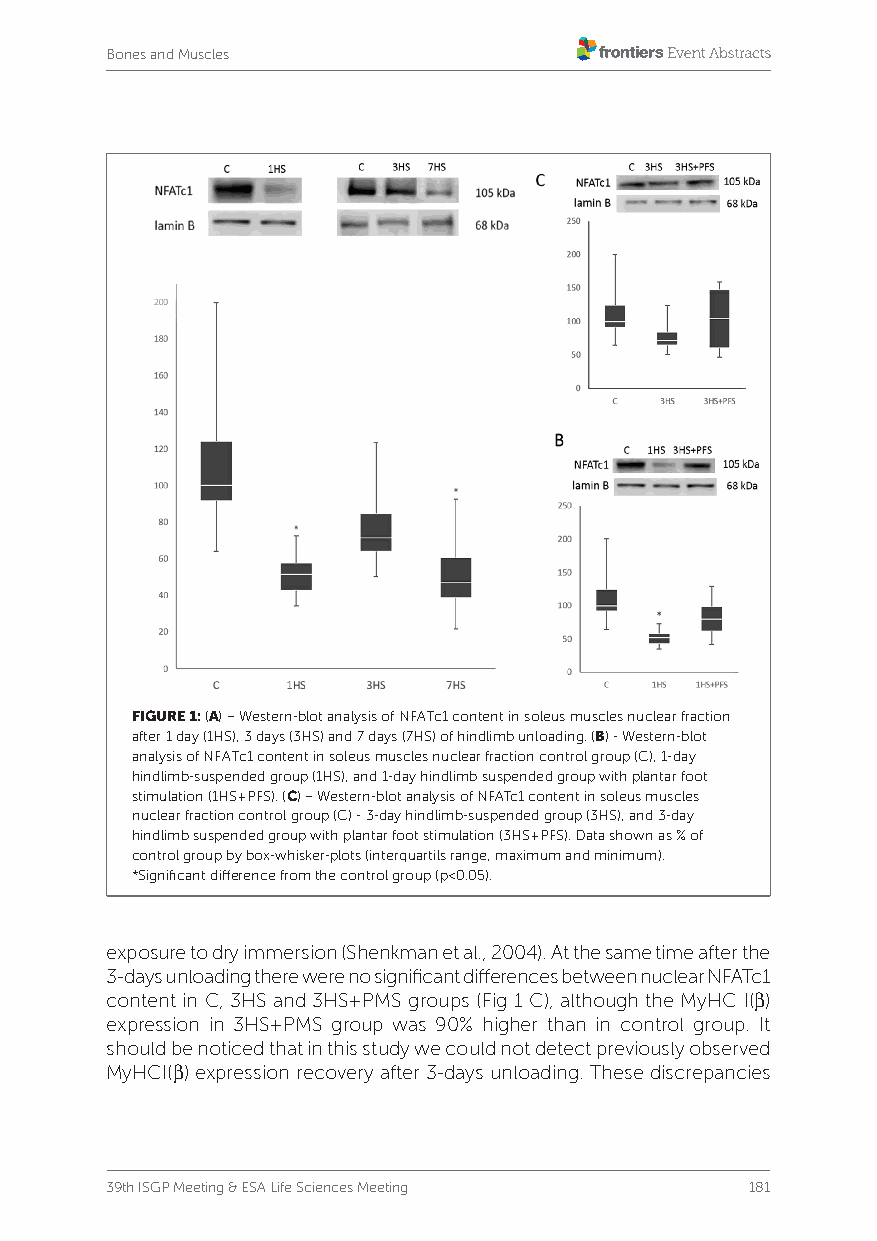
Bones and Muscles
 FIGURE 1: (A) – Western-blot analysis of NFATc1 content in soleus muscles nuclear fraction
 after 1 day (1HS), 3 days (3HS) and 7 days (7HS) of hindlimb unloading. (B) - Western-blot
 analysis of NFATc1 content in soleus muscles nuclear fraction control group (C), 1-day
 hindlimb-suspended group (1HS), and 1-day hindlimb suspended group with plantar foot
 stimulation (1HS+PFS). (C) – Western-blot analysis of NFATc1 content in soleus muscles
 nuclear fraction control group (C) - 3-day hindlimb-suspended group (3HS), and 3-day
 hindlimb suspended group with plantar foot stimulation (3HS+PFS). Data shown as % of
 control group by box-whisker-plots (interquartils range, maximum and minimum).
 *Significant difference from the control group (p<0.05).
 exposure to dry immersion (Shenkman et al., 2004). At the same time after the
 3-days unloading there were no significant differences between nuclear NFATc1
 content in C, 3HS and 3HS+PMS groups (Fig 1 C), although the MyHC I(β)
 expression in 3HS+PMS group was 90% higher than in control group. It
 should be noticed that in this study we could not detect previously observed
 MyHCI(β) expression recovery after 3-days unloading. These discrepancies
 39th ISGP Meeting & ESA Life Sciences Meeting 181